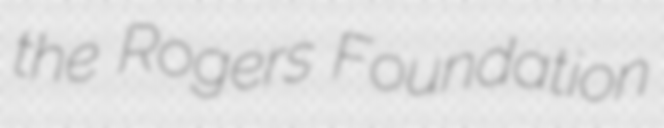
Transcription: the Rogers Foundation